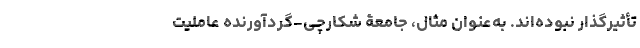
تأثیر‌گذار نبوده‌اند. به‌عنوان مثال، جامعۀ شکارچی-گردآورنده عاملیت